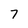
Character: 7